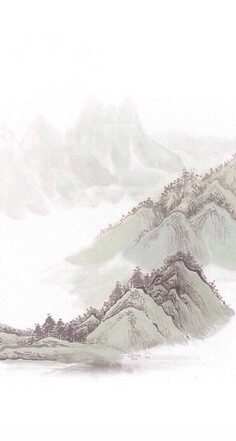
忆君心似西江水，日夜东流无歇时。